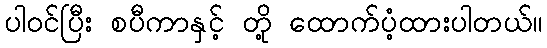
ပါဝင်ပြီး စပီကာနှင့် တို့ ထောက်ပံ့ထားပါတယ်။